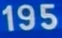
195